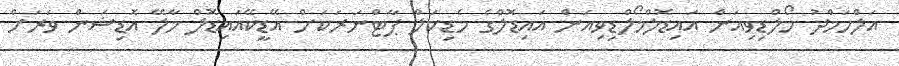
އަލްހަމްދު މޯލްޑިވިއަން އައިޑޮލްމޯލްޑިވިއަން އައިޑޮލްގެ މެޑިކަލް ޕާޓްނަރަކަށް އޭޑީކޭއައިޑޮލް މާލޭ އޮޑިޝަން ވަރަށް